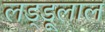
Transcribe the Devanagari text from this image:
लड्डूलाल